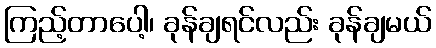
ကြည့်တာပေါ့၊ ခုန်ချရင်လည်း ခုန်ချမယ်